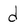
Character: d